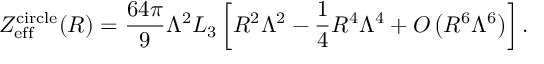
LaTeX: Z _ { \mathrm { e f f } } ^ { \mathrm { c i r c l e } } ( R ) = \frac { 6 4 \pi } { 9 } \Lambda ^ { 2 } L _ { 3 } \left[ R ^ { 2 } \Lambda ^ { 2 } - \frac { 1 } { 4 } R ^ { 4 } \Lambda ^ { 4 } + { \cal O } \left( R ^ { 6 } \Lambda ^ { 6 } \right) \right] .